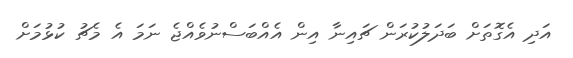
އަދި އެގޮތަށް ބަދަލުކުރަން ޗައިނާ އިން އެއްބަސްނުވެއްޖެ ނަމަ އެ މެޗު ކުޅުމަށް